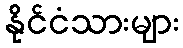
နိုင်ငံသားများ